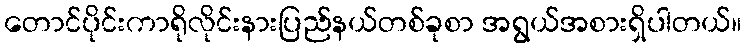
တောင်ပိုင်းကာရိုလိုင်းနားပြည်နယ်တစ်ခုစာ အရွယ်အစားရှိပါတယ်။